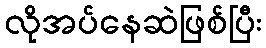
လိုအပ်နေဆဲဖြစ်ပြီး